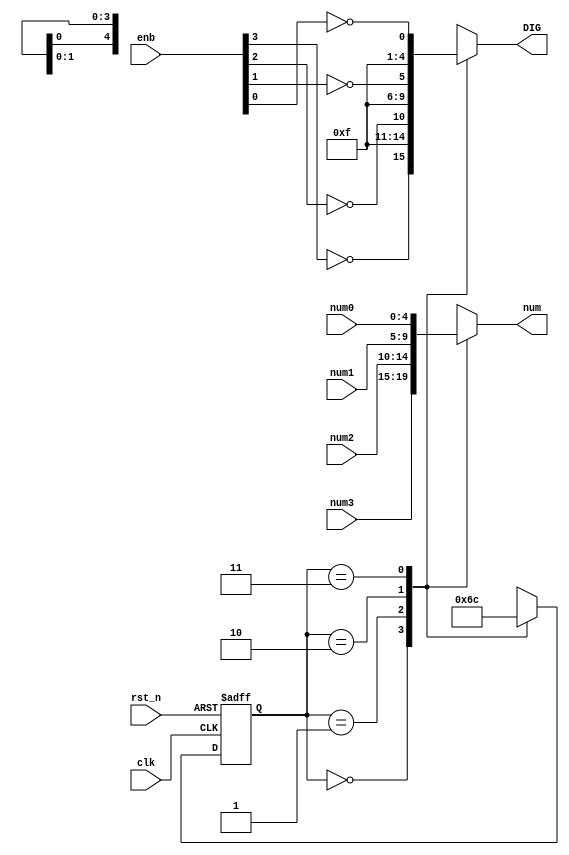
module DigSel(input wire clk,rst_n,
              input wire[4:0] num3,num2,num1,num0,
              input wire[3:0] enb,
              output reg[3:0] DIG,
              output reg[4:0] num);

    parameter DIG1 = 2'b00;
    parameter DIG2 = 2'b01;
    parameter DIG3 = 2'b10;
    parameter DIG4 = 2'b11;

    reg[1:0] curr_state,next_state;

    always @(*)begin
        case(curr_state)
            DIG1:begin
                    num = num3;
                    DIG = {~enb[3],3'b111};
            end
            DIG2:begin
                    num = num2;
                    DIG = {1'b1,~enb[2],2'b11};
            end
            DIG3:begin
                    num = num1;
                    DIG = {2'b11,~enb[1],1'b1};
            end
            DIG4:begin
                    num = num0;
                    DIG = {3'b111,~enb[0]};
            end
//            DIG5:begin
//                    num = num1;
//                    DIG = {4'b1111,~enb[1],1'b1};
//            end
//            DIG6:begin
//                    num = num0;
//                    DIG = {5'b11111,~enb[0]};
//            end
            default:begin
                     num = 5'b00000;
                     DIG = 4'b1111;
            end
        endcase
    end

    always @(posedge clk or negedge rst_n) begin
        if(!rst_n) curr_state <= DIG1;
        else curr_state <= next_state;
    end

    always @(*) begin
        case(curr_state)
        DIG1: next_state = DIG2;
        DIG2: next_state = DIG3;
        DIG3: next_state = DIG4;
        DIG4: next_state = DIG1;
//        DIG5: next_state = DIG6;
//        DIG6: next_state = DIG1;
        default: next_state = DIG1;
        endcase
    end

endmodule